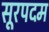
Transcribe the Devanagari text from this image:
सूरपदम